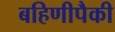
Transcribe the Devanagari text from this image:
बहिणीपैकी